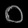
Digit: ၀